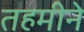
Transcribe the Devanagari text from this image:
तहमीने